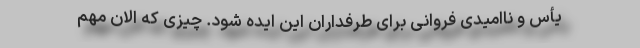
یأس و ناامیدی فروانی برای طرفداران این ایده شود. چیزی که الان مهم